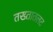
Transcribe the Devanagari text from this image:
तख्तातलट